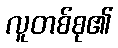
လူတစ်စု၏